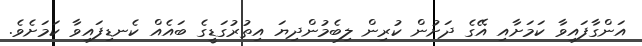
އަންގާފައިވާ ކަމަށާއި އޭގެ ދަށުން ކުރިން ލިބެމުންދިޔަ އިތުރުގަޑީގެ ބައެއް ކެނޑިފައިވާ ކަމަށެވެ.